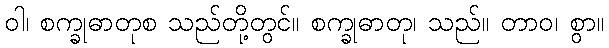
ဝါ၊ စက္ခုဓာတုစ သည်တို့တွင်။ စက္ခုဓာတု၊ သည်။ တာဝ၊ စွာ။